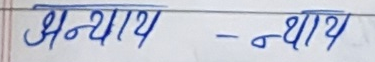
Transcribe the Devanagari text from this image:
अन्याय -न्याय